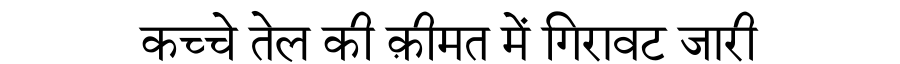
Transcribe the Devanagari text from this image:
कच्चे तेल की क़ीमत में गिरावट जारी